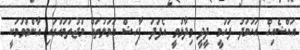
އައްޝެއިޚް އަހުމަދު ފަހުމީ ދީދީ ވިދާޅުވީ އެފަދަ ފާހިޝް އަމަލުތައް މުޖުތަމައުގައި އާންމުވުމަކީ